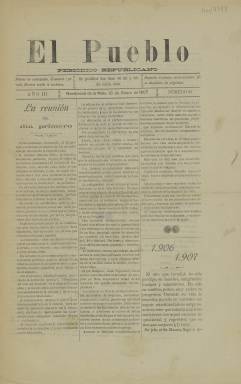
Título: El Pueblo (Navalmoral de la Mata)
Colección: Periódicos
Ámbito geográfico: Cáceres
Lugar de publicación: Navalmoral de la Mata [Cáceres]
Fechas: 10/01/1907-10/01/1907